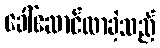
ခေါ်ဆောင်လာခဲ့သည်